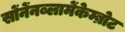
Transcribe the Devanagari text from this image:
सोंनेंनब्लामेंकेम्ब्रोट